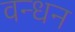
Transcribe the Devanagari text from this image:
वन्धन